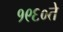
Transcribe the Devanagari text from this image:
१९६०ते